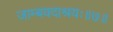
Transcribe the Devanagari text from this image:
जाम्बवदाश्रयः॥७॥